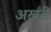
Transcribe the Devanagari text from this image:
अखरी